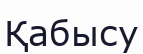
Қабысу